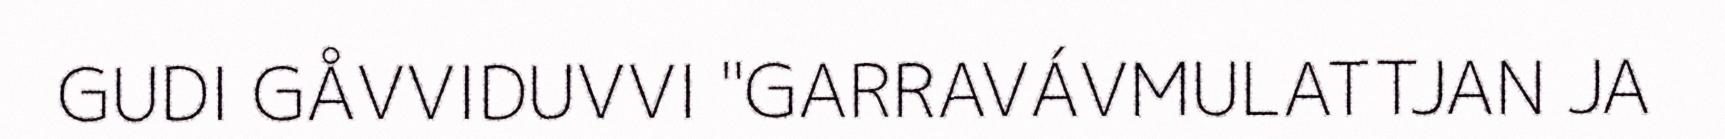
GUDI GÅVVIDUVVI "GARRAVÁVMULATTJAN JA